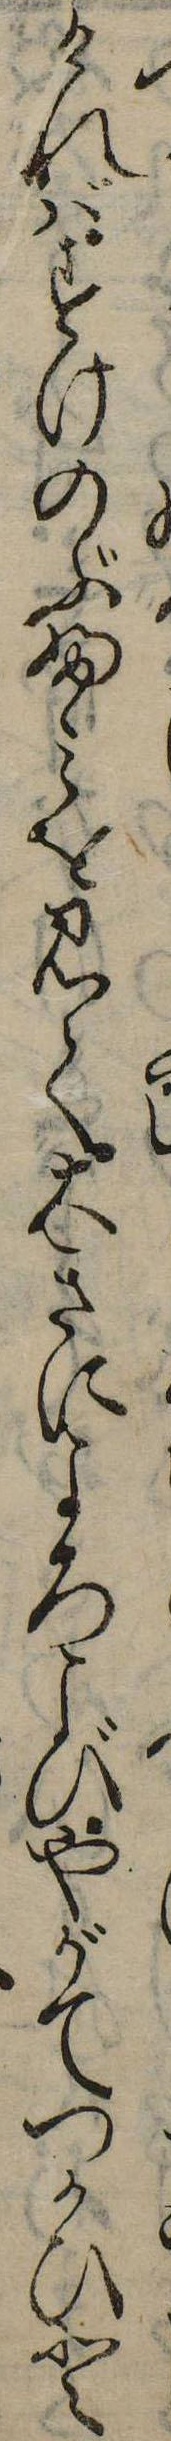
ければすけのぶふみを見て大きによろこびやがてつかひと